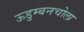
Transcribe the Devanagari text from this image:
ऊडुम्बनचोला